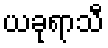
ယခုရာသီ